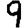
Digit: 9